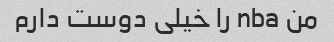
من nba را خیلی دوست دارم